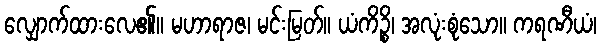
လျှောက်ထားလေ၏။ မဟာရာဇ၊ မင်းမြတ်။ ယံကိဉ္စိ၊ အလုံးစုံသော။ ကရဏီယံ၊